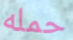
حمله